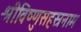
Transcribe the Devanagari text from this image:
श्रीविष्णुसहस्रनाम